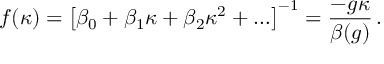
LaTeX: f ( \kappa ) = \left[ \beta _ { 0 } + \beta _ { 1 } \kappa + \beta _ { 2 } \kappa ^ { 2 } + \ldots \right] ^ { - 1 } = \frac { - g \kappa } { \beta ( g ) } \, .